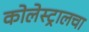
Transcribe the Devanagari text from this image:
कोलेस्ट्रालचा